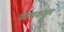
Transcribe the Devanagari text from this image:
परम्परानुरूप